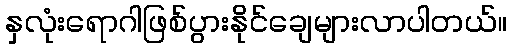
နှလုံးရောဂါဖြစ်ပွားနိုင်ချေများလာပါတယ်။